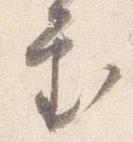
審